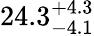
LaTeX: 24.3_{-4.1}^{+4.3}